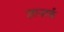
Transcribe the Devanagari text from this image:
ज्ञानार्क